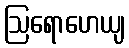
ဩရောဟေယျ